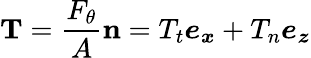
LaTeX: \mathbf{T}=\frac{F_{\theta}}{A}\mathbf{n}=T_{t}\boldsymbol{e_{x}}+T_{n}\boldsymbol{e_{z}}